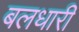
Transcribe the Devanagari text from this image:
बलधारी